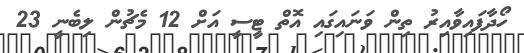
ހޯދާފައިވާއިރު ތިން ވަނައިގައި އޮތް ޓީސީ އަށް 12 މެޗުން ލިބެނީ 23